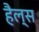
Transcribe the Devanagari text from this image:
हैल्स